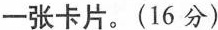
一张卡片。(16分)